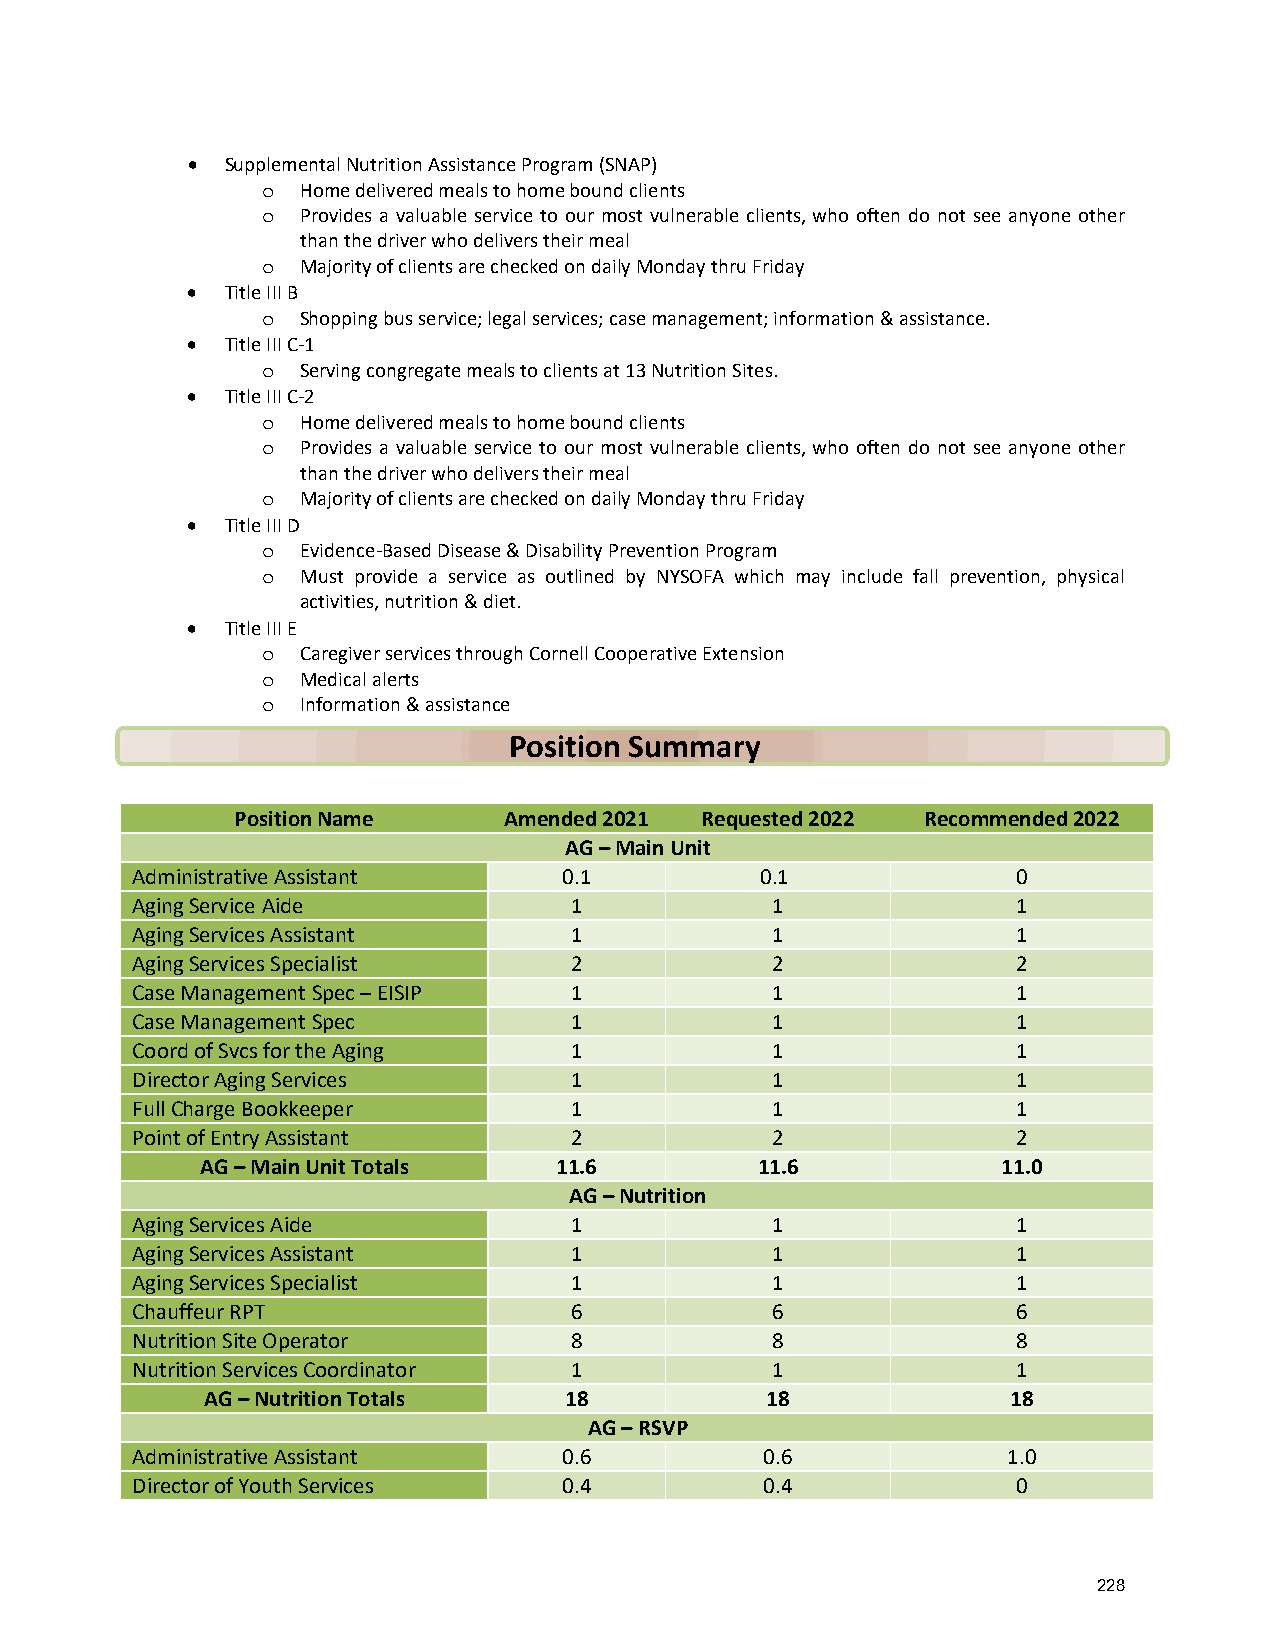
•  Supplemental Nutrition Assistance Program (SNAP)
 Home delivered meals to home bound clients
 o
 Provides a valuable service to our most vulnerable clients, who often do not see anyone other
 o
 than the driver who delivers their meal
 Majority of clients are checked on daily Monday thru Friday
 o
 •  Title III B
 Shopping bus service; legal services; case management; information & assistance.
 o
 •  Title III C-1
 Serving congregate meals to clients at 13 Nutrition Sites.
 o
 •  Title III C-2
 Home delivered meals to home bound clients
 o
 Provides a valuable service to our most vulnerable clients, who often do not see anyone other
 o
 than the driver who delivers their meal
 Majority of clients are checked on daily Monday thru Friday
 o
 •  Title III D
 Evidence-Based Disease & Disability Prevention Program
 o
 Must provide a service as outlined by NYSOFA which may include fall prevention, physical
 o
 activities, nutrition & diet.
 •  Title III E
 Caregiver services through Cornell Cooperative Extension
 o
 Medical alerts
 o
 Information & assistance
 o
 Position Summary
 Position Name    Amended 2021 Requested 2022 Recommended 2022
 AG – Main Unit
 Administrative Assistant    0.1          0.1              0
 Aging Service Aide           1            1               1
 Aging Services Assistant     1            1               1
 Aging Services Specialist    2            2               2
 Case Management Spec – EISIP 1            1               1
 Case Management Spec         1            1               1
 Coord of Svcs for the Aging  1            1               1
 Director Aging Services      1            1               1
 Full Charge Bookkeeper       1            1               1
 Point of Entry Assistant     2            2               2
 AG – Main Unit Totals   11.6         11.6            11.0
 AG – Nutrition
 Aging Services Aide          1            1               1
 Aging Services Assistant     1            1               1
 Aging Services Specialist    1            1               1
 Chauffeur RPT                6            6               6
 Nutrition Site Operator      8            8               8
 Nutrition Services Coordinator 1          1               1
 AG – Nutrition Totals  18            18              18
 AG – RSVP
 Administrative Assistant    0.6           0.6             1.0
 Director of Youth Services  0.4           0.4             0
 228